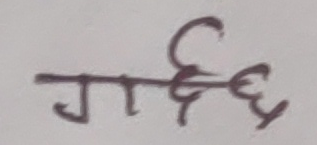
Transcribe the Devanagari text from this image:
गर्दछ